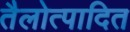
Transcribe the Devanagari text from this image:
तैलोत्पादित